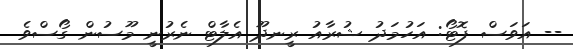
-- އަވަސް ފޮޓޯ: އަހުމަދު ޝުރާއު ރީނދޫ އެލާޓް ނެރުނީ މޫސުން ގޯސްވެ